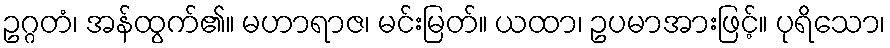
ဥဂ္ဂတံ၊ အန်ထွက်၏။ မဟာရာဇ၊ မင်းမြတ်။ ယထာ၊ ဥပမာအားဖြင့်။ ပုရိသော၊